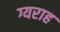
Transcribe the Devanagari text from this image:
ग्यराह